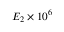
E _ { 2 } \times 1 0 ^ { 6 }